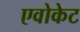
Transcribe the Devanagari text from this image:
एवोकेट